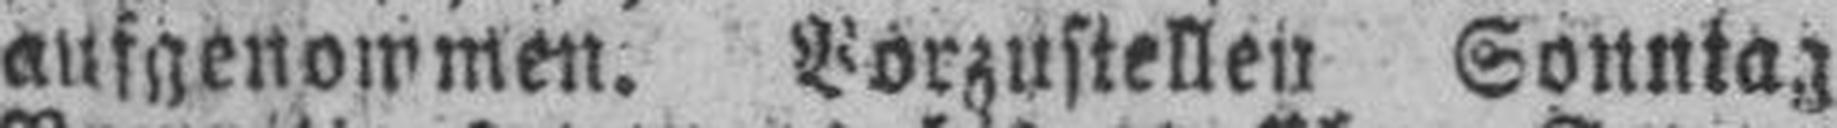
aufgenommen. Vorzustellen Sonntag